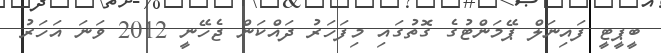
ބީޕީޓީ ފައިނަލް ޕޭމަންޓުގެ ގޮތުގައި މިފަހަރު ދައްކަން ޖެހޭނީ 2012 ވަނަ އަހަރު